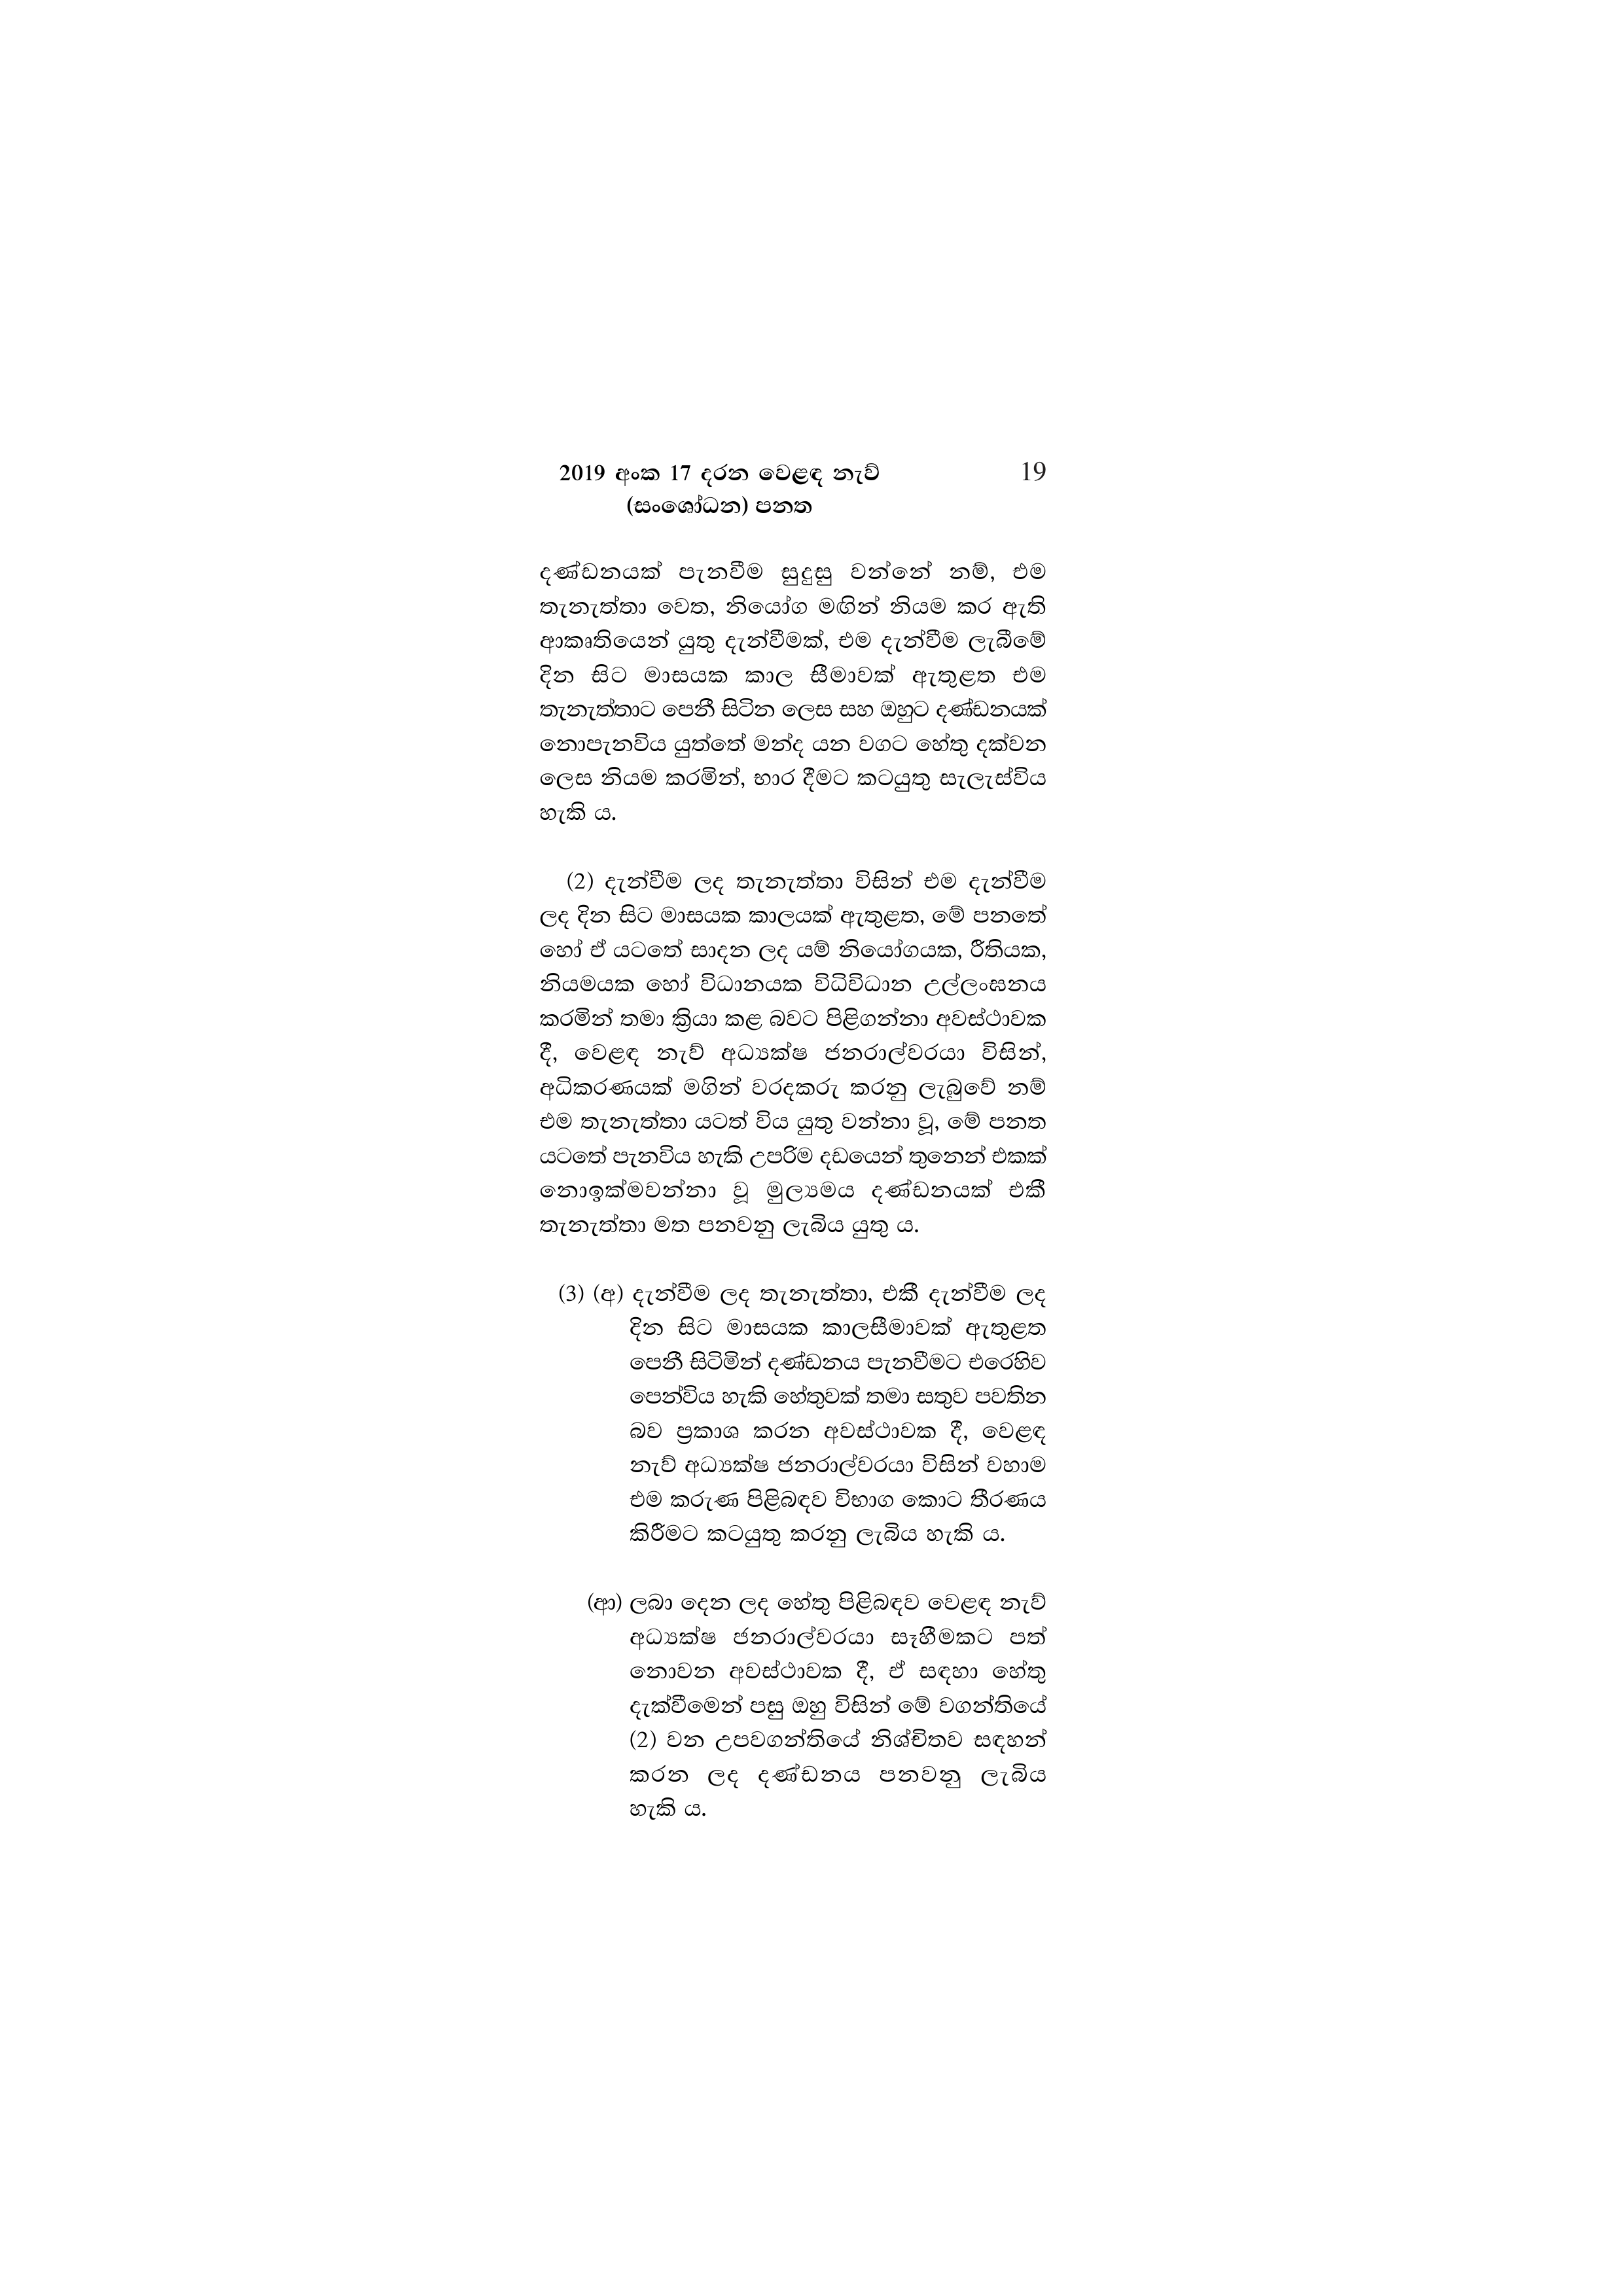
2019 අංක 17 දරන වෙළඳ නැව් 19

(සංශෝධන) පනත

දණ්ඩනයක් පැනවීම සුදුසු වන්නේ නම්, එම
තැනැත්තා වෙත, නියෝග මඟින් නියම කර ඇති
ආකෘතියෙන් යුතු දැන්වීමක්, එම දැන්වීම ලැබීමේ
දින සිට මාසයක කාල සීමාවක් ඇතුළත එම
තැනැත්තාට පෙනී සිටින ලෙස සහ ඔහුට දණ්ඩනයක්
නොපැනවිය යුත්තේ මන්ද යන වගට හේතු දක්වන
ලෙස නියම කරමින්, භාර දීමට කටයුතු සැලැස්විය
හැකි ය.

(2) දැන්වීම ලද තැනැත්තා විසින් එම දැන්වීම
ලද දින සිට මාසයක කාලයක් ඇතුළත, මේ පනතේ
හෝ ඒ යටතේ සාදන ලද යම් නියෝගයක, රීතියක,
නියමයක හෝ විධානයක විධිවිධාන උල්ලංඝනය
කරමින් තමා ක්‍රියා කළ බවට පිළිගන්නා අවස්ථාවක
දී, වෙළඳ නැව් අධ්‍යක්ෂ ජනරාල්වරයා විසින්,
අධිකරණයක් මගින් වරදකරු කරනු ලැබුවේ නම්
එම තැනැත්තා යටත් විය යුතු වන්නා වූ, මේ පනත
යටතේ පැනවිය හැකි උපරිම දඩයෙන් තුනෙන් එකක්
නොඉක්මවන්නා වූ මුල්‍යමය දණ්ඩනයක් එකී
තැනැත්තා මත පනවනු ලැබිය යුතු ය.

(3) (අ) දැන්වීම ලද තැනැත්තා, එකී දැන්වීම ලද
දින සිට මාසයක කාලසීමාවක් ඇතුළත
පෙනී සිටිමින් දණ්ඩනය පැනවීමට එරෙහිව
පෙන්විය හැකි හේතුවක් තමා සතුව පවතින
බව ප්‍රකාශ කරන අවස්ථාවක දී, වෙළඳ
නැව් අධ්‍යක්ෂ ජනරාල්වරයා විසින් වහාම
එම කරුණ පිළිබඳව විභාග කොට තීරණය
කිරීමට කටයුතු කරනු ලැබිය හැකි ය.

(ආ) ලබා දෙන ලද හේතු පිළිබඳව වෙළඳ නැව්
අධ්‍යක්ෂ ජනරාල්වරයා සෑහීමකට පත්
නොවන අවස්ථාවක දී, ඒ සඳහා හේතු
දැක්වීමෙන් පසු ඔහු විසින් මේ වගන්තියේ
(2) වන උපවගන්තියේ නිශ්චිතව සඳහන්
කරන ලද දණ්ඩනය පනවනු ලැබිය
හැකි ය.